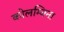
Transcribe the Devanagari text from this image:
कोलम्बिना